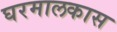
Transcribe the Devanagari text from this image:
घरमालकास